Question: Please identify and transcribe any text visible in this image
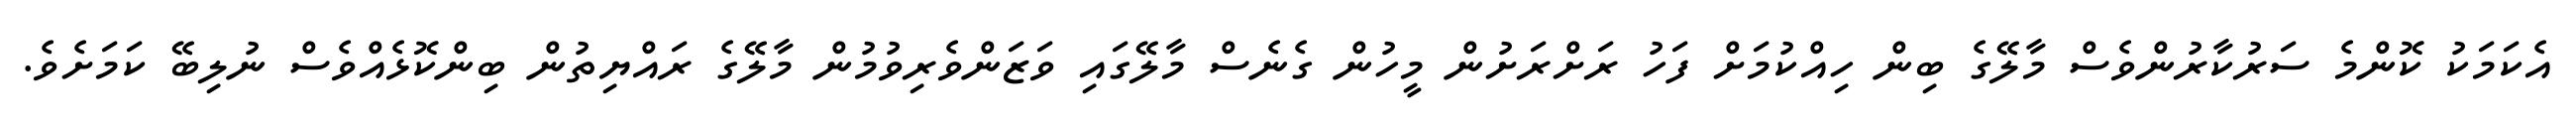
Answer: އެކަމަކު ކޮންމެ ސަރުކާރުންވެސް މާލޭގެ ބިން ހިއްކުމަށް ފަހު ރަށްރަށުން މީހުން ގެނެސް މާލޭގައި ވަޒަންވެރިވުމުން މާލޭގެ ރައްޔިތުން ބިންކޮޅެއްވެސް ނުލިބޭ ކަމަށެވެ.